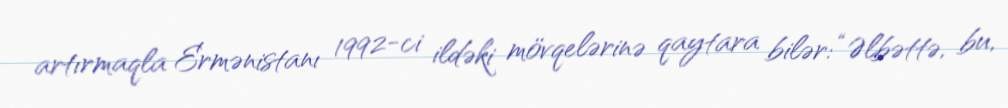
artırmaqla Ermənistanı 1992-ci ildəki mövqelərinə qaytara bilər: “Əlbəttə, bu,